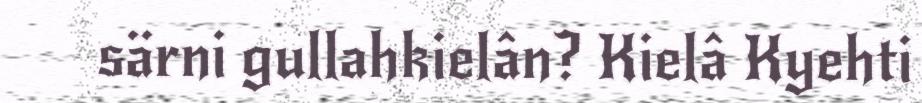
särni gullahkielân? Kielâ Kyehti